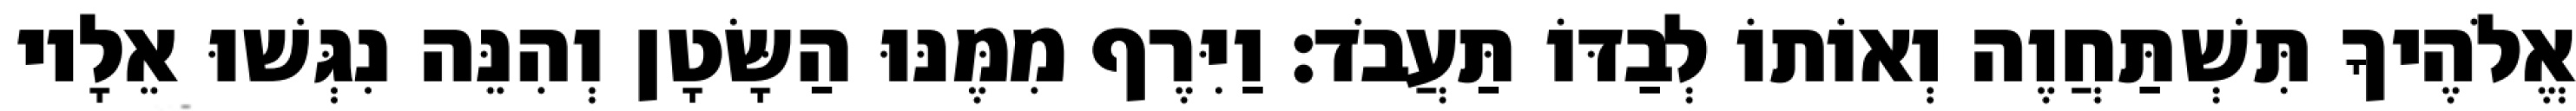
אֱלֹהֶיךָ תִּשְׁתַּחֲוֶה וְאוֹתוֹ לְבַדּוֹ תַּעֲבֹד׃ וַיִּרֶף מִמֶּנּוּ הַשָּׂטָן וְהִנֵּה נִגְּשׁוּ אֵלָיו